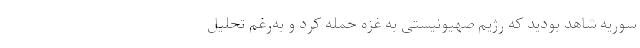
سوریه شاهد بودید که رژیم صهیونیستی به غزه حمله کرد و به‌رغم تحلیل